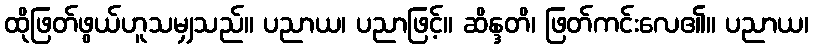
ထိုဖြတ်ဖွယ်ဟူသမျှသည်။ ပညာယ၊ ပညာဖြင့်။ ဆိန္ဒတိ၊ ဖြတ်ကင်းလေ၏။ ပညာယ၊